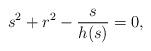
LaTeX: \begin{align*}s^2+r^2-\frac{s}{h(s)}=0,\end{align*}